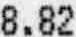
8.82